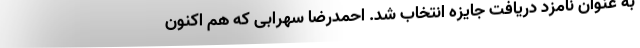
به عنوان نامزد دریافت جایزه انتخاب شد. احمدرضا سهرابی که هم اکنون